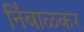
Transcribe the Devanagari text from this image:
नि॑बाळकर